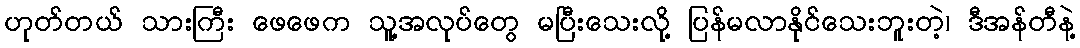
ဟုတ်တယ် သားကြီး ဖေဖေက သူ့အလုပ်တွေ မပြီးသေးလို့ ပြန်မလာနိုင်သေးဘူးတဲ့၊ ဒီအန်တီနဲ့